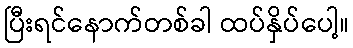
ပြီးရင်နောက်တစ်ခါ ထပ်နှိပ်ပေါ့။